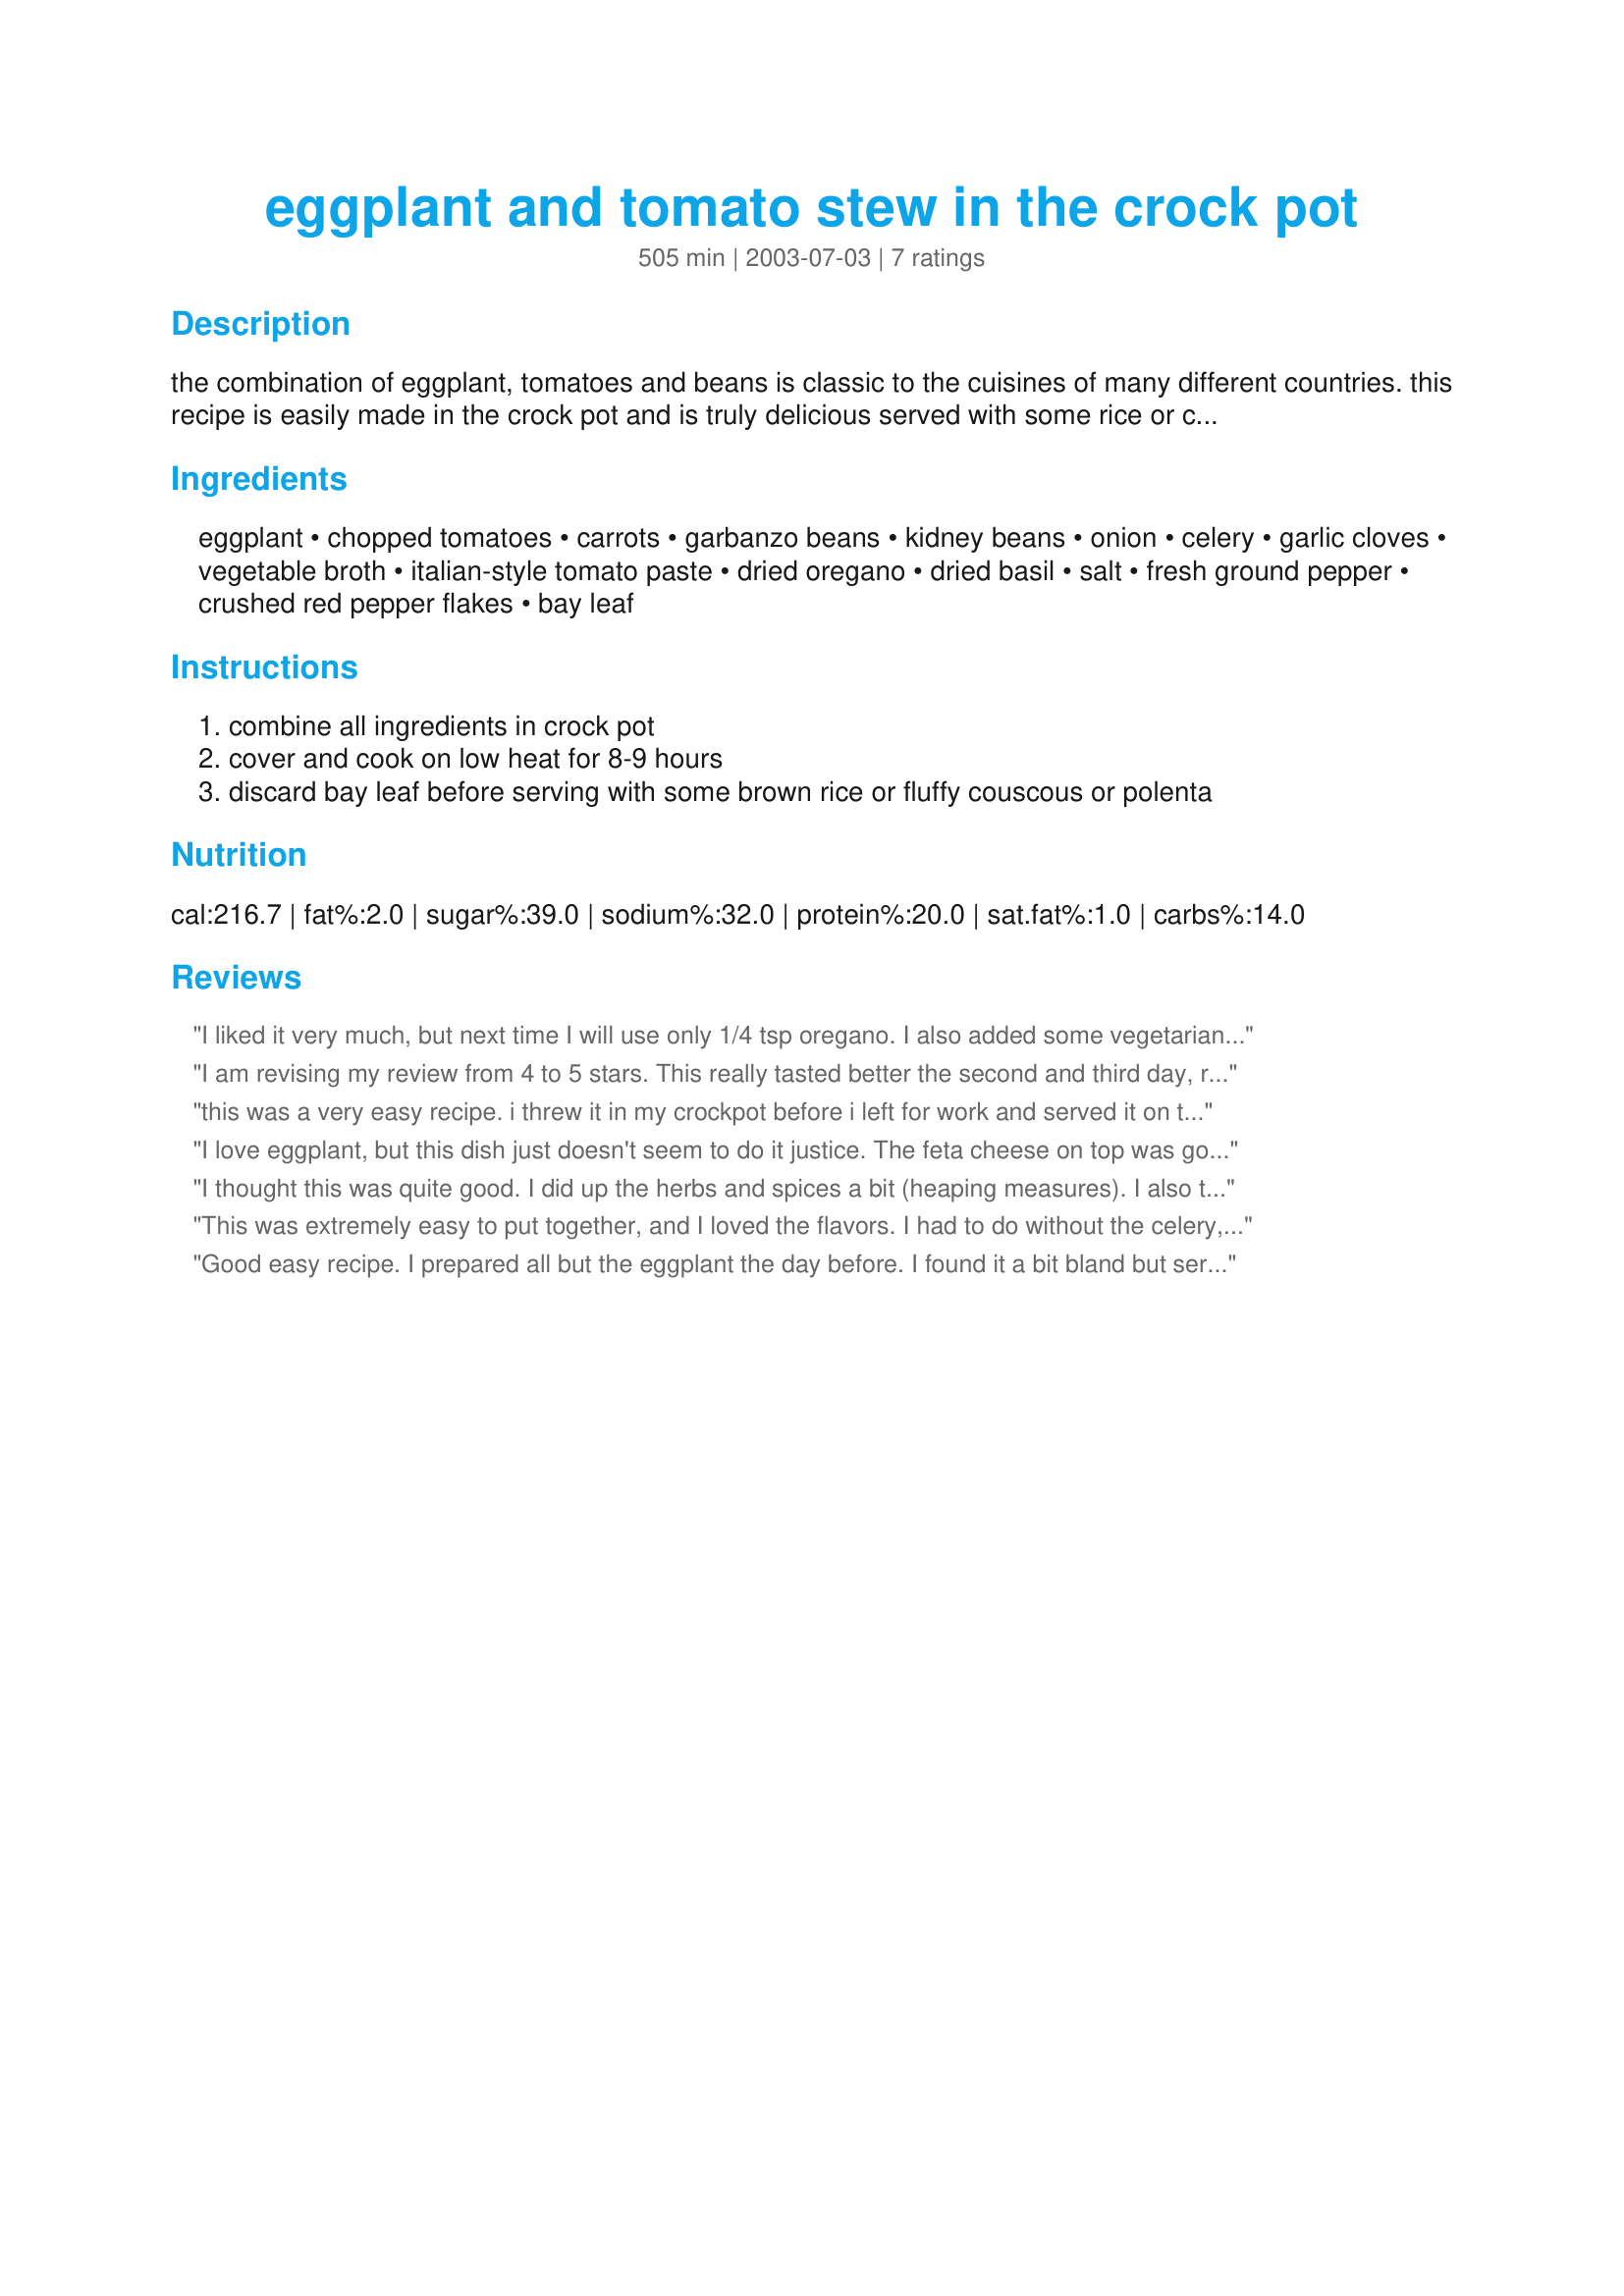
eggplant and tomato stew in the crock pot
Preparation time: 505 minutes

the combination of eggplant, tomatoes and beans is classic to the cuisines of many different countries. this recipe is easily made in the crock pot and is truly delicious served with some rice or couscous. you could add some spicy sliced sausage if you felt the need to add meat.

Ingredients:
eggplant, chopped tomatoes, carrots, garbanzo beans, kidney beans, onion, celery, garlic cloves, vegetable broth, italian-style tomato paste, dried oregano, dried basil, salt, fresh ground pepper, crushed red pepper flakes, bay leaf

Steps:
combine all ingredients in crock pot
cover and cook on low heat for 8-9 hours
discard bay leaf before serving with some brown rice or fluffy couscous or polenta

Reviews:
I liked it very much, but next time I will use only 1/4 tsp oregano. I also added some vegetarian-style soy "meat". Served with jasmine rice and hot rolls. Thanks for a good meal!
I am revising my review from 4 to 5 stars. This really tasted better the second and third day, reheated with feta cheese sprinkled on top.
this was a very easy recipe. i threw it in my crockpot before i left for work and served it on top of some couscous as suggested and it was delicious. i will be making this again!
I love eggplant, but this dish just doesn't seem to do it justice. The feta cheese on top was good, and it was a nice change for something different.
I thought this was quite good. I did up the herbs and spices a bit (heaping measures). I also took the crockpot lid off for the last 15 or so minutes so that the stew was a little less soupy. Serve over brown rice with a sprinkle of Parmesan made for a tasty and healthy supper.
This was extremely easy to put together, and I loved the flavors. I had to do without the celery, because apparently my grocery store is at war with its produce supplier?!? and for the same reason used Italian-style canned/diced tomatoes instead of fresh tomatoes. I used regular tomato paste, since my diced tomatoes were already Italian-style. I added a little extra of each kind of pepper (based on a comment that it might be a little bland) and found it just perfect! I served it with a whole wheat pasta (I was out of couscous and rice...I'm just not well-stocked, am I?). Thanks for the great recipe! I'm definitely keeping it!
Good easy recipe. I prepared all but the eggplant the day before. I found it a bit bland but served over rice with a splash of hot sauce worked for me. Thanks Geema
